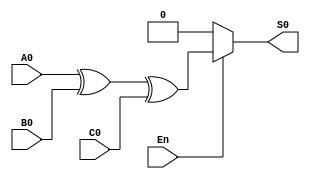
module FA (
	input  wire A0,
	input  wire B0,
	input  wire C0,
	input  wire En,
	output wire S0
);
	
	assign S0 = (En)? (A0 ^ B0 ^ C0):1'b0;

endmodule